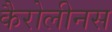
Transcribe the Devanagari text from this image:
कैरोलीनस